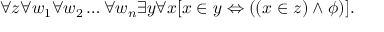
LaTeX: \forall z \forall w _ { 1 } \forall w _ { 2 } \ldots \forall w _ { n } \exists y \forall x [ x \in y \Leftrightarrow ( ( x \in z ) \land \phi ) ] .